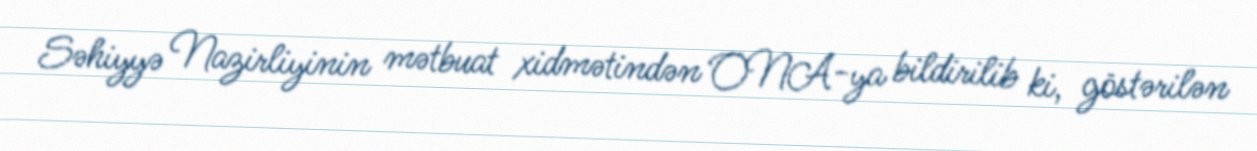
Səhiyyə Nazirliyinin mətbuat xidmətindən ONA-ya bildirilib ki, göstərilən